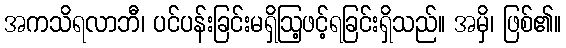
အကသိရလာဘီ၊ ပင်ပန်းခြင်းမရှိဩ့ဖင့်ရခြင်းရှိသည်။ အမှိ၊ ဖြစ်၏။